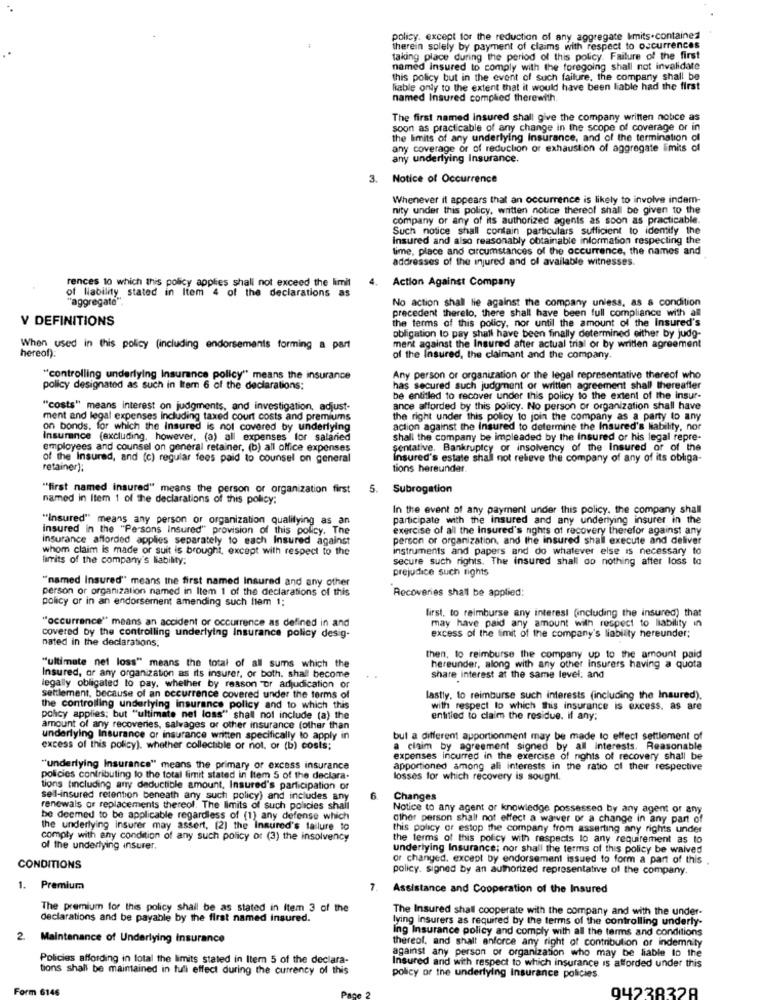
policy. except for the reduction of any aggregate Imits.contained
therein solely by payment of claims with respect to occurrences
taking place during the period of this policy. Failure of the first
named insured to comply with the foregoing shall not invalidate
this policy but in the event of such failure, the company shall be
fiable only to the extent that it would have been liable had the first
named Insured complied therewith.
The first named Insured shall give the company written notice as
soon as practicable of any change in the scope of coverage or in
the limits of any underlying Insurance, and of the termination of
any coverage or of reduction of exhaustion of aggregate imits of
any underlying Insurance.
. Notice of Occurrence
Whenever it appears that an occurrence is likely to involve indem-
nity under this policy, written notice thereof shall be given to the
company or any of its authorized agents as soon as practicable.
Such notice shall contain particulars sufficient to identify the
insured and also reasonably obtainable information respecting the
lime, place and circumstances of the occurrence, the names and
addresses of the injured and of available witnesses.
rences 10 which this policy applies shall not exceed the limit
Action Against Company
of Nability stated in Item 4 of the declarations as
No action shall lie against the company unless, as a condition
"aggregate".
precedent therelo, there shall have been full compliance with all
V DEFINITIONS
the terms of this policy, nor until the amount of the Insured's
obligation to pay shall have been finally determined either by judg-
hereof):
When used in this policy (including endorsements forming a part
ment against the Insured after actual trial or by written agreement
of the Insured, the claimant and the company.
"controlling underlying Insurance policy" means the insurance
Any person or organization or the legal representative thereof who
policy designated as such in Item 6 of the declarations:
has secured such judgment or written agreement shall thereafter
be entitled to recover under this policy to the extent of the insur-
"costs" means interest on judgments, and investigation, adjust-
ance afforded by this policy. No person or organization shall have
ment and legal expenses Including taxed court costs and premiums
the right under this policy to join the company as a party to any
on bonds, for which the Insured is not covered by underlying
action against the Insured to determine the Insured's Nability, nor
Insurance (excluding, however, (a) all expenses for salaried
shall the company be impleaded by the insured or his legal repre-
employees and counsel on general retainer, (b) all office expenses
sentative. Bankruptcy or insolvency of the Insured or of the
of the Insured, and (c) regular fees paid to counsel on general
Insured's estate shall not relieve the company of any of its obliga-
retainer];
tions hereunder.
""first named insured" means the person or organization first
5.
Subrogation
named in Item 1 of the declarations of this policy:
In the event of any payment under this policy. the company shall
"Insured" means any person or organization qualifying as an
participate with the insured and any undertying insurer in the
insured in the "Persons Insured" provision of this policy. The
exercise of all the insured's rights of recovery therefor against any
insurance afforded applies separately to each Insured against
person or organization, and the insured shall execute and deliver
whom claim Is made or suit is brought, except with respect to the
instruments and papers and do whatever else is necessary to
limits of the company's liability:
secure such rights. The insured shall do nothing after loss to
prejudice such rights
"named Insured" means the first named Insured and any other
person or organization named in Item 1 of the declarations of this
Recoveries shall be applied:
policy or in an endorsement amending such liem 1;
first, to reimburse any interest (including the insured) that
"occurrence" means an accident or occurrence as defined in and
may have paid any amount with respect to liability in
covered by the controlling underlying Insurance policy desig-
nated in the declarations;
excess of the limit of the company's liability hereunder;
then, to reimburse the company up to the amount paid
"ultimate net loss" means the total of all sums which the
hereunder, along with any other insurers having a quota
Insured, or any organization as its insurer, or both. shal become
share interest at the same level: and
legally obligated to pay, whether by reason or adjudication or
settlement, because of an occurrence covered under the terms of
lastly, to reimburse such interests (including the Insured).
the controlling underlying insurance policy and to which this
with respect to which this insurance is excess. as are
pohcy applies; but "ultimate net loss" shall not include (a) the
entitled to claim the residue. if any:
amount of any recoveries, salvages or other insurance (other than
underlying Insurance or insurance written specifically to apply in
bul a different apportionment may be made to effect settlement of
excess of this policy). whether collectible or not. or (b) costs;
a claim by agreement signed by all interests. Reasonable
expenses incurred in the exercise of nights of recovery shall be
"underlying Insurance" means the primary of excess insurance
apportioned among all interests in the ratio of their respective
policies contributing to the total limit stated in Item 5 of the declara.
losses for which recovery is sought.
tions tincluding any deductible amount, Insured's participation of
sell-insured retention beneath any such policy) and includes any
6. Changes
renewals or replacements thereol. The limits of such policies shall
Notice to any agent or knowledge possessed by any agent or any
be deemed to be applicable regardless of (1) any defense which
other person shall not effect a waiver or a change in any part of
the underlying insurer may assert, [2] the Insured's failure to
this policy or estop the company from asserting any rights under
comply with any condition of any such policy of (3) the insolvency
the terms of this policy with respects lo any requirement as to
of the underlying insurer.
underlying Insurance; nor shall the terms of this policy be waived
or changed. except by endorsement issued to form a part of this .
CONDITIONS
policy. signed by an authorized representative of the company.
1. Premium
7.
Assistance and Cooperation of the Insured
The premium for this policy shall be as stated in Item 3 of the
The Insured shall cooperate with the company and with the under-
declarations and be payable by the first named insured.
lying insurers as required by the terms of the controlling underly-
Ing Insurance policy and comply with all the terms and conditions
2
Maintenance of Underlying Insurance
thereof, and shalt anforce any right of contribution or indemnity
against any person or organization who may be liable Io the
Policies affording in total the limits stated in Itern 5 of the declara-
tions shall be maintained in full effect during the currency of this
Insured and with respect to which insurance is afforded under this
policy or the underlying Insurance policies.
Form 6146
94238328